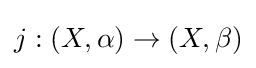
j:(X,\alpha )\to (X,\beta )